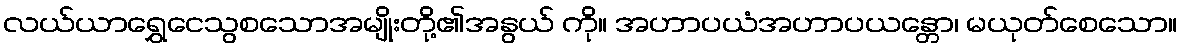
လယ်ယာရွှေငေသွစသောအမျိုးတို့၏အနွယ် ကို။ အဟာပယံအဟာပယန္တော၊ မယုတ်စေသော။